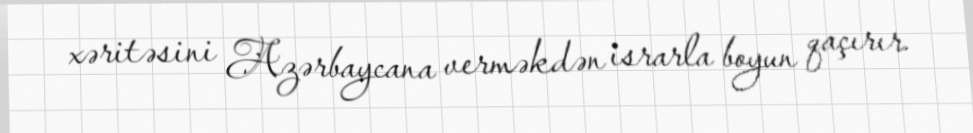
xəritəsini Azərbaycana verməkdən israrla boyun qaçırır.